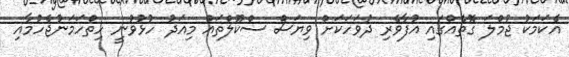
އެކަމަކު ޖުމްލަ ގޮތެއްގައި އުފާވެރި ދުވަހަކަށް ވިޔަސް ސްކޫލްތައް މިއަދު ހުޅުވުނީ ހިތްހަމަނުޖެހުމާއި